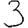
Digit: 3